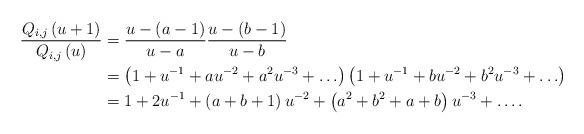
LaTeX: \begin{align*}\frac{Q_{i,j}\left(u+1\right)}{Q_{i,j}\left(u\right)}&=\frac{u-\left(a-1\right)}{u-a}\frac{u-\left(b-1\right)}{u-b} \\&= \left(1+u^{-1}+au^{-2}+a^2u^{-3}+\ldots\right)\left(1+u^{-1}+bu^{-2}+b^2u^{-3}+\ldots\right)\\&= 1+2u^{-1}+\left(a+b+1\right)u^{-2}+\left(a^2+b^2+a+b\right)u^{-3}+\ldots.\end{align*}